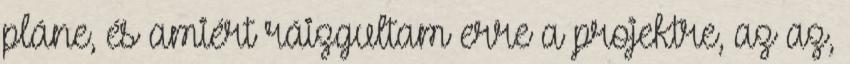
pláne, és amiért ráizgultam erre a projektre, az az,